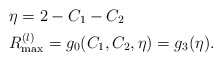
\begin{align*}&\eta=2-C_1-C_2\\&R_{\max}^{(l)}= g_0(C_1,C_2,\eta)=g_3(\eta).\end{align*}